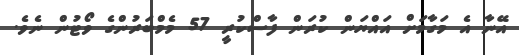
އޭނާ އެ މަގާމަށް އައްޔަން ކުރަން ފާސްކުރީ 57 މެމްބަރުންގެ ވޯޓުން ނެވެ.